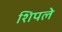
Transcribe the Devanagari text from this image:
शिपले